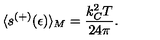
\langle s ^ { ( + ) } ( \epsilon ) \rangle _ { M } = \frac { k _ { C } ^ { 2 } T } { 2 4 \pi } { . }